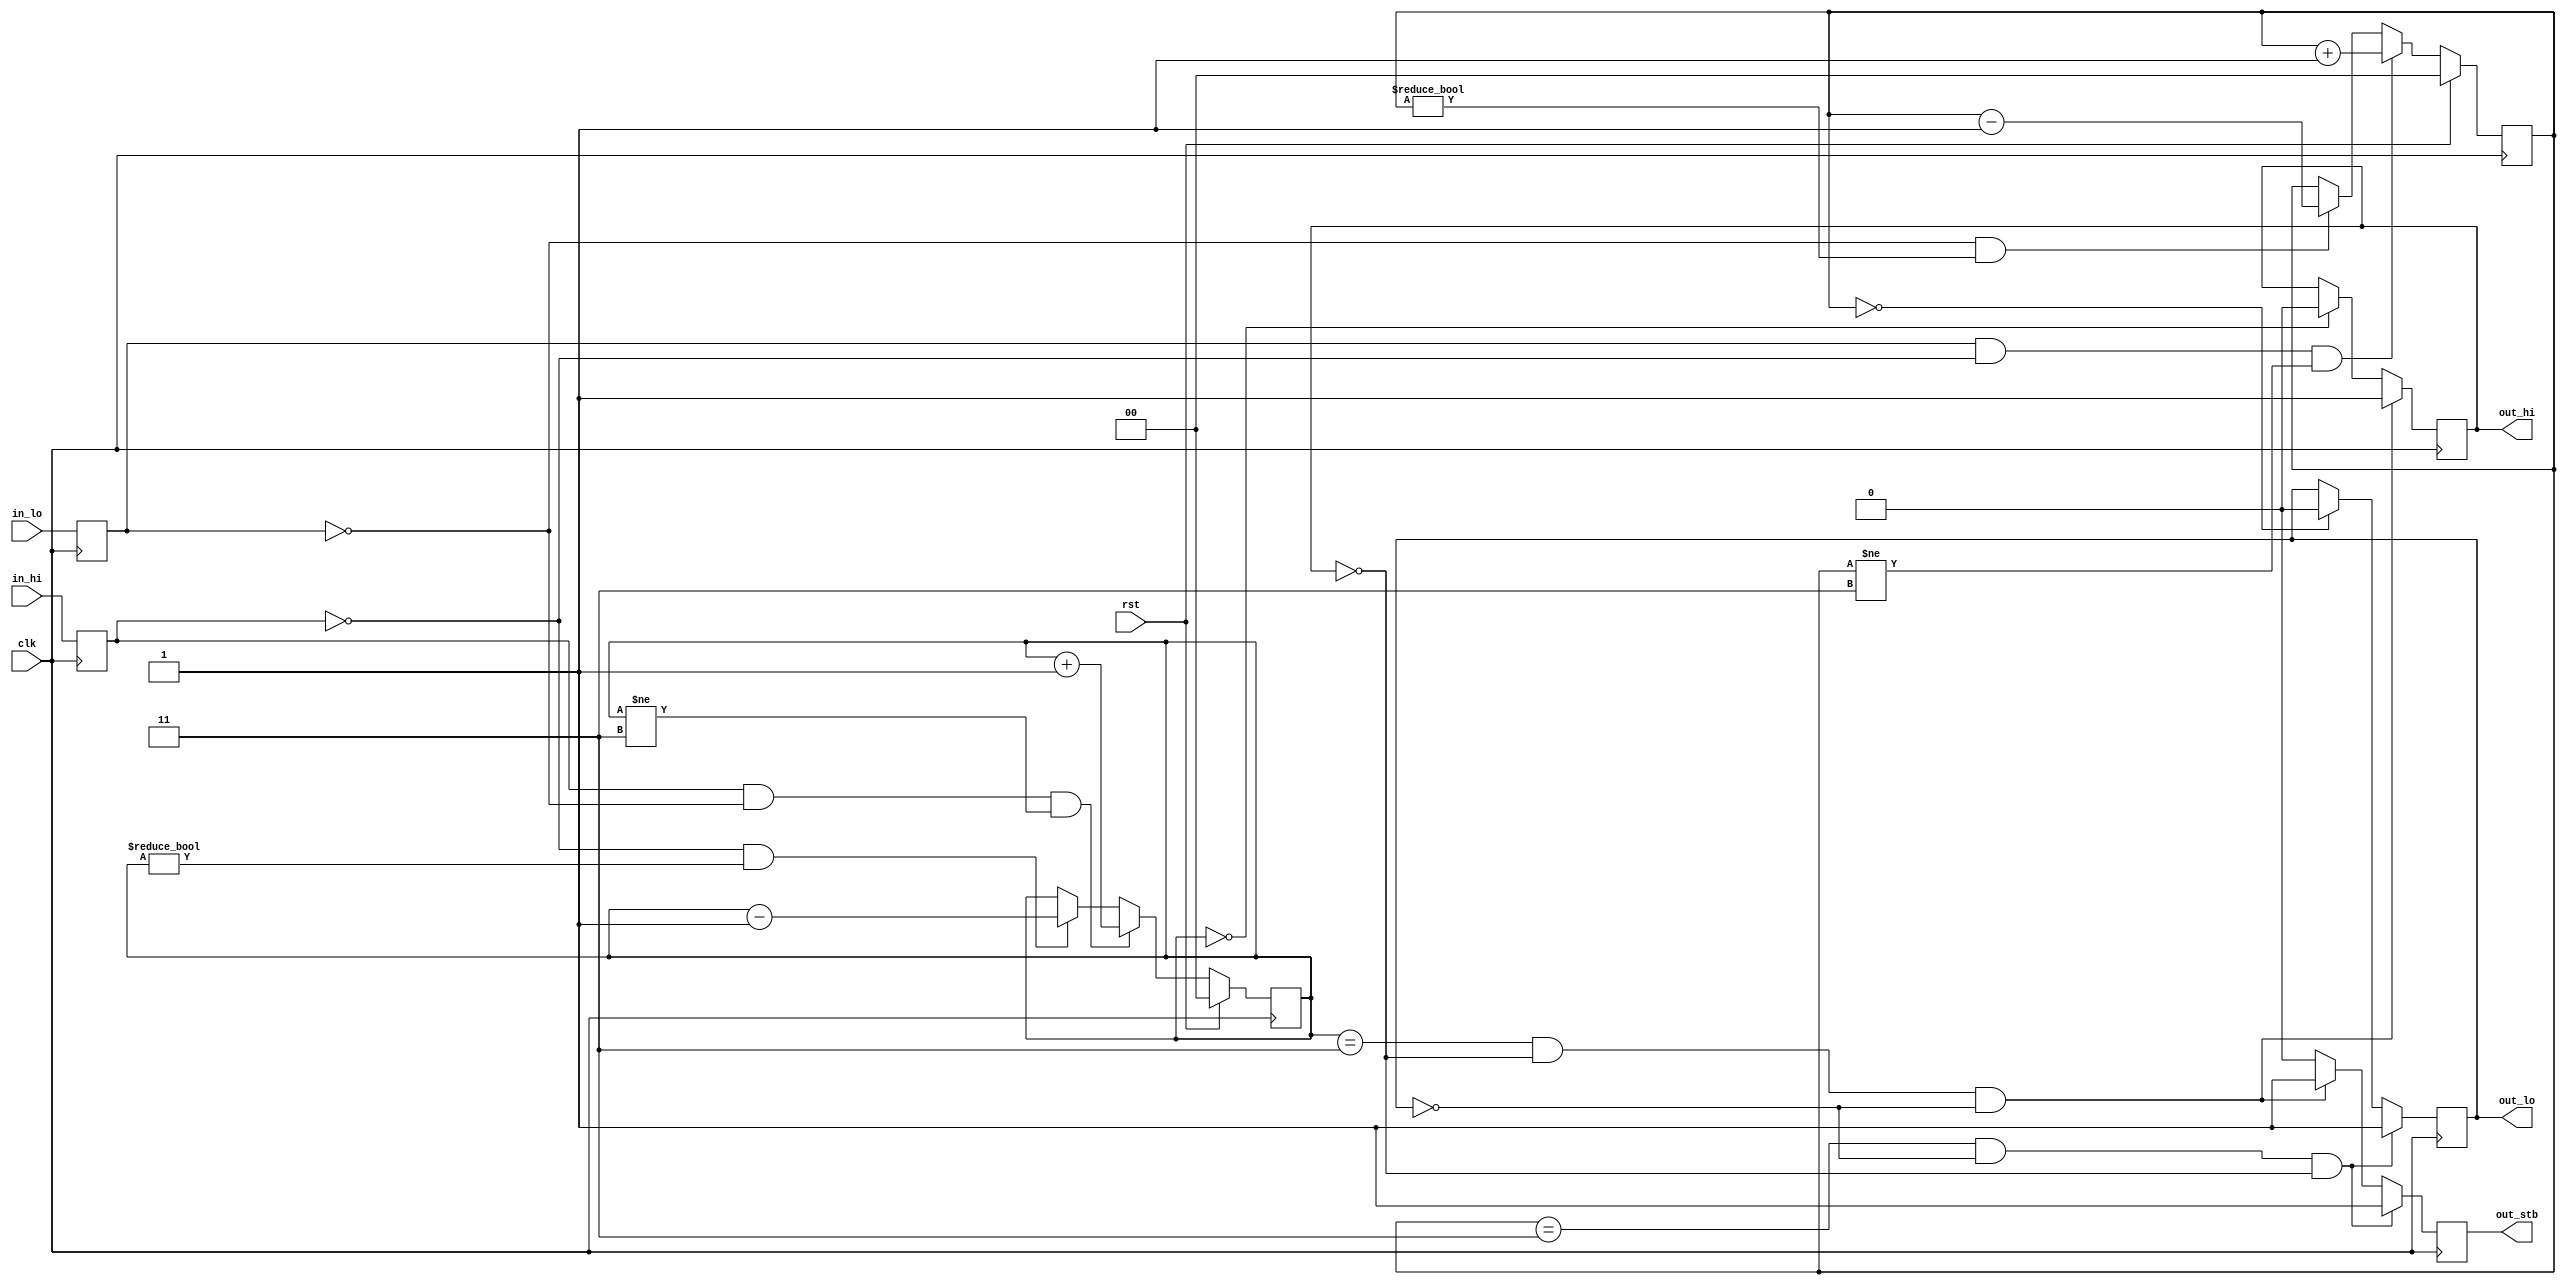
/*
 * e1_rx_filter.v
 *
 * vim: ts=4 sw=4
 *
 * E1 RX glitch filtering and pulse detection
 *
 * Copyright (C) 2019-2020  Sylvain Munaut <tnt@246tNt.com>
 * SPDX-License-Identifier: CERN-OHL-W-2.0
 */

`default_nettype none

module e1_rx_filter (
	// Input
	input  wire in_hi,
	input  wire in_lo,

	// Output
	output reg  out_hi,
	output reg  out_lo,
	output reg  out_stb,		// Strobe on any 0->1 transition

	// Common
	input  wire clk,
	input  wire rst
);

	// Signals
	reg in_hi_r;
	reg in_lo_r;

	reg [1:0] cnt_hi;
	reg [1:0] cnt_lo;

	// Register incoming data first
		// They come from IO register buffer, but from async data, so a
		// second FF is good practice
	always @(posedge clk)
	begin
		in_hi_r <= in_hi;
		in_lo_r <= in_lo;
	end

	// Counters
	always @(posedge clk)
	begin
		if (rst) begin
			cnt_hi <= 2'b00;
			cnt_lo <= 2'b00;
		end else begin
			// Hi
			if (in_hi_r & ~in_lo_r & (cnt_hi != 2'b11))
				cnt_hi <= cnt_hi + 1;
			else if (~in_hi_r & cnt_hi != 2'b00)
				cnt_hi <= cnt_hi - 1;
			else
				cnt_hi <= cnt_hi;

			// Lo
			if (in_lo_r & ~in_hi_r & (cnt_lo != 2'b11))
				cnt_lo <= cnt_lo + 1;
			else if (~in_lo_r & (cnt_lo != 2'b00))
				cnt_lo <= cnt_lo - 1;
			else
				cnt_lo <= cnt_lo;
		end
	end

	// Flip flops
	always @(posedge clk)
	begin
		// Default is no 1->0 transition
		out_stb <= 1'b0;

		// Hi
		if (cnt_hi == 2'b11 & ~out_hi & ~out_lo) begin
			out_hi <= 1'b1;
			out_stb <= 1'b1;
		end else if (cnt_hi == 2'b00)
			out_hi <= 1'b0;

		// Lo
		if (cnt_lo == 2'b11 & ~out_lo & ~out_hi) begin
			out_lo <= 1'b1;
			out_stb <= 1'b1;
		end else if (cnt_lo == 2'b00)
			out_lo <= 1'b0;
	end

endmodule // e1_rx_filter